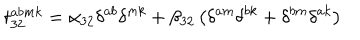
LaTeX: t _ { 3 2 } ^ { a b m k } = \alpha _ { 3 2 } \delta ^ { a b } \delta ^ { m k } + \beta _ { 3 2 } \left( \delta ^ { a m } \delta ^ { b k } + \delta ^ { b m } \delta ^ { a k } \right)